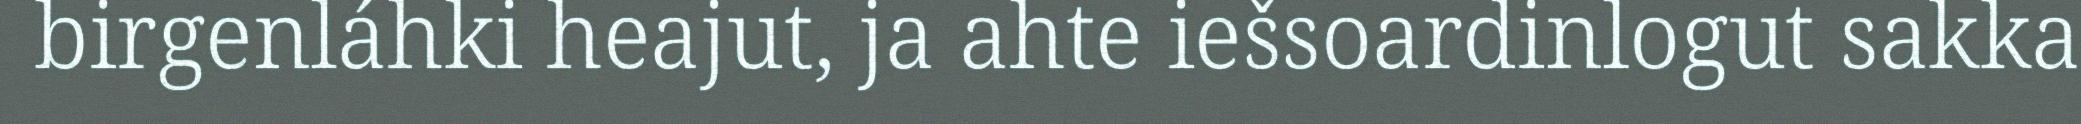
birgenláhki heajut, ja ahte iešsoardinlogut sakka